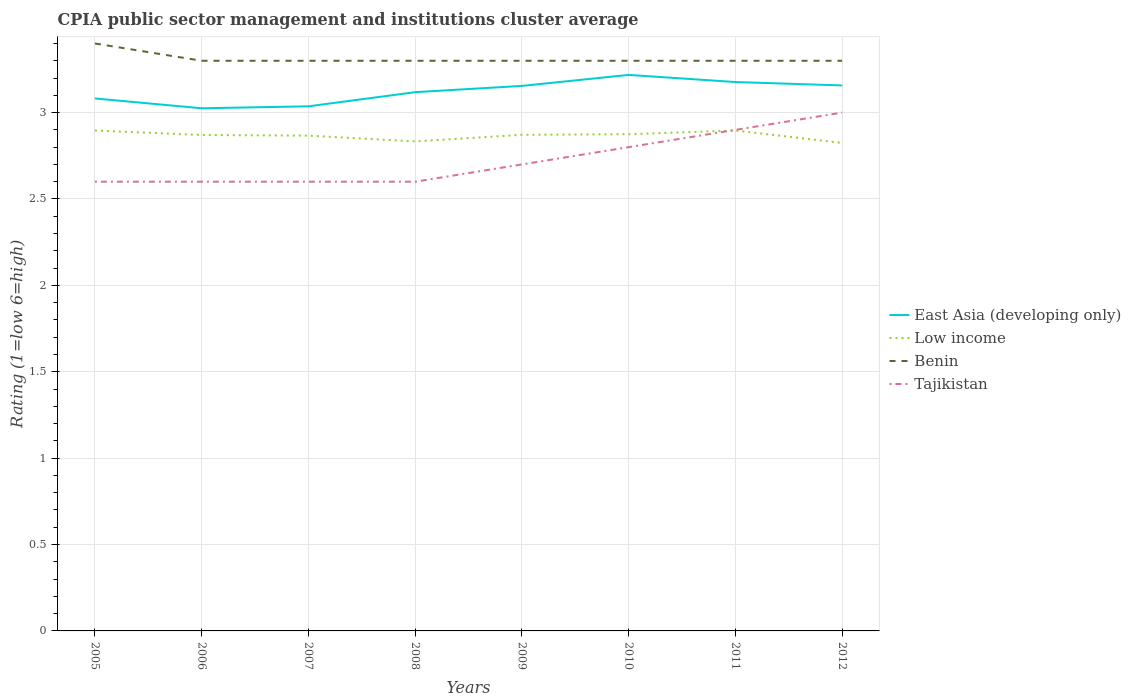
| Years | East Asia (developing only) | Low income | Benin | Tajikistan |
 | --- | --- | --- | --- | --- |
 | 2005 | 3.08 | 2.9 | 3.4 | 2.6 |
 | 2006 | 3.02 | 2.87 | 3.3 | 2.6 |
 | 2007 | 3.04 | 2.87 | 3.3 | 2.6 |
 | 2008 | 3.12 | 2.83 | 3.3 | 2.6 |
 | 2009 | 3.15 | 2.87 | 3.3 | 2.7 |
 | 2010 | 3.22 | 2.88 | 3.3 | 2.8 |
 | 2011 | 3.18 | 2.9 | 3.3 | 2.9 |
 | 2012 | 3.16 | 2.82 | 3.3 | 3 |